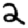
Digit: 2